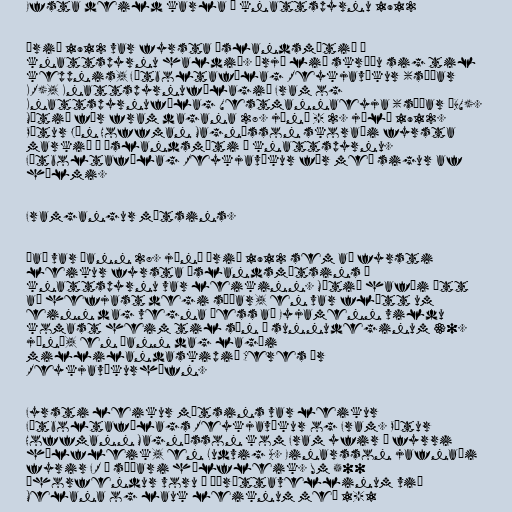
Efsta deild karla í knattspyrnu 1912

Árið 1912 var fyrsta Íslandsmótið í
knattspyrnu haldið. Þrjú lið skráðu sig til
keppnis, Fótboltafélag Reykjavíkur (síðar
KR), Knattspyrnufélagið Fram og
Knattspyrnufélag Vestmannaeyja (síðar ÍBV).
Mótið fór fram dagana 28. júní - 2. júlí 1912.
Pétur Jón Hoffman Magnússon skoraði fyrsta
markið á Íslandsmóti í knattspyrnu.
Fótboltafélag Reykjavíkur fór með sigur af
hólmi.

Framgangur mótsins.

Það var þann 28. júní árið 1912 sem að fyrsti
leikur fyrsta Íslandsmótsins í
knattspyrnu var leikinn. Mótið hafði átt
að hefjast degi síðar, en var flýtt um
einn dag vegna þess að Eyjamenn vildu
komast heim til sín á sunnudeginum 30.
júní, en þann dag lagði
millilandaskipið Ceres úr
Reykjavíkurhöfn.

Fyrsti leikur mótsins var leikur
Fótboltafélags Reykjavíkur og Fram. Pétur
Hoffmann Magnússon kom Fram yfir í fyrri
hálfleik, en Ludvig A. Einarsson jafnaði
fyrir FR í síðari hálfleik. Um 500
áhorfendur voru á Íþróttavellinum við
Melana og lauk leiknum með 1-1